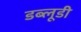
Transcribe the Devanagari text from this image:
डब्लूडी